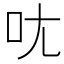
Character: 𫝘